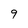
Character: 9